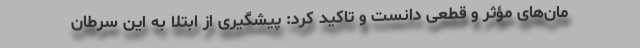
مان‌های مؤثر و قطعی دانست و تاکید کرد: پیشگیری از ابتلا به این سرطان